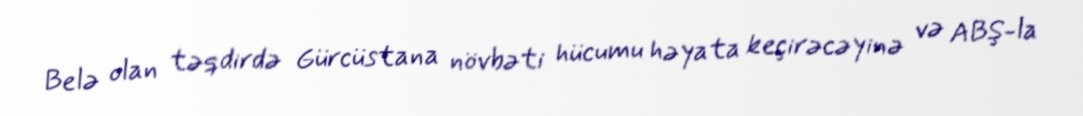
Belə olan təqdirdə Gürcüstana növbəti hücumu həyata keçirəcəyinə və ABŞ-la